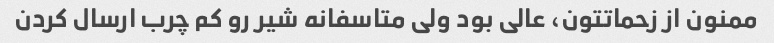
ممنون از زحماتتون، عالی بود ولی متاسفانه شیر رو کم چرب ارسال کردن